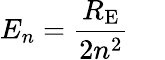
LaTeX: E_{n}={\frac{R_{\mathrm{E}}}{2n^{2}}}~~~~~